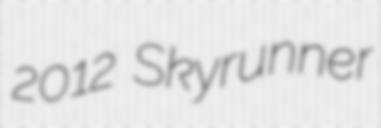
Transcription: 2012 Skyrunner